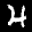
Label: 4